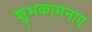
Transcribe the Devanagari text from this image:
शुभकामनाए